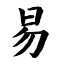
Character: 易